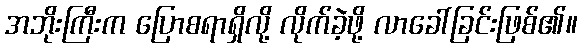
အဘိုးကြီးက ပြောစရာရှိလို့ လိုက်ခဲ့ဖို့ လာခေါ်ခြင်းဖြစ်၏။